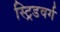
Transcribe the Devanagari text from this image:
स्ट्रिडवर्ग